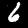
Digit: 6